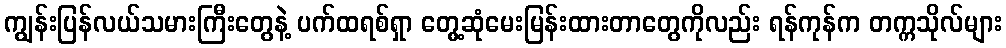
ကျွန်းပြန်လယ်သမားကြီးတွေနဲ့ ပက်ထရစ်ရှာ တွေ့ဆုံမေးမြန်းထားတာတွေကိုလည်း ရန်ကုန်က တက္ကသိုလ်များ